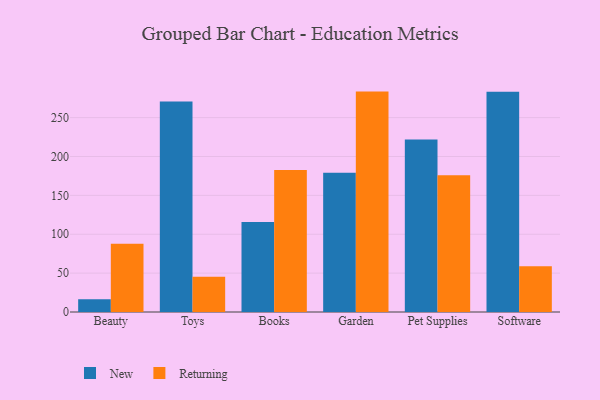
{"axis": {"x": "Category", "y": "Gross Profit (USD K)"}, "legend": ["New", "Returning"], "data": [{"x": "Beauty", "y": 16.3, "type": "New"}, {"x": "Beauty", "y": 87.8, "type": "Returning"}, {"x": "Toys", "y": 270.8, "type": "New"}, {"x": "Toys", "y": 45.5, "type": "Returning"}, {"x": "Books", "y": 115.7, "type": "New"}, {"x": "Books", "y": 182.7, "type": "Returning"}, {"x": "Garden", "y": 179.1, "type": "New"}, {"x": "Garden", "y": 283.5, "type": "Returning"}, {"x": "Pet Supplies", "y": 221.9, "type": "New"}, {"x": "Pet Supplies", "y": 176.0, "type": "Returning"}, {"x": "Software", "y": 283.4, "type": "New"}, {"x": "Software", "y": 59.0, "type": "Returning"}]}